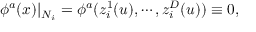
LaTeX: \phi ^ { a } ( x ) | _ { N _ { i } } = \phi ^ { a } ( z _ { i } ^ { 1 } ( u ) , \cdots , z _ { i } ^ { D } ( u ) ) \equiv 0 ,